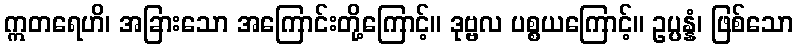
ဣတရေဟိ၊ အခြားသော အကြောင်းတို့ကြောင့်။ ဒုဗ္ဗလ ပစ္စယကြောင့်။ ဥပ္ပန္နံ၊ ဖြစ်သော